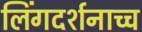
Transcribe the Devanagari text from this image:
लिंगदर्शनाच्च